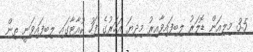
3.5 މިލިއަން ޑޮލަރު ލިބިފައިވާއިރު މިދިޔަ އަހަރުގެ ފަހު ކުއާޓާގައި ލިބިފައިވަނީ ތިން